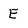
Character: E